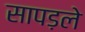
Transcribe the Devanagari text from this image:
सापड़ले